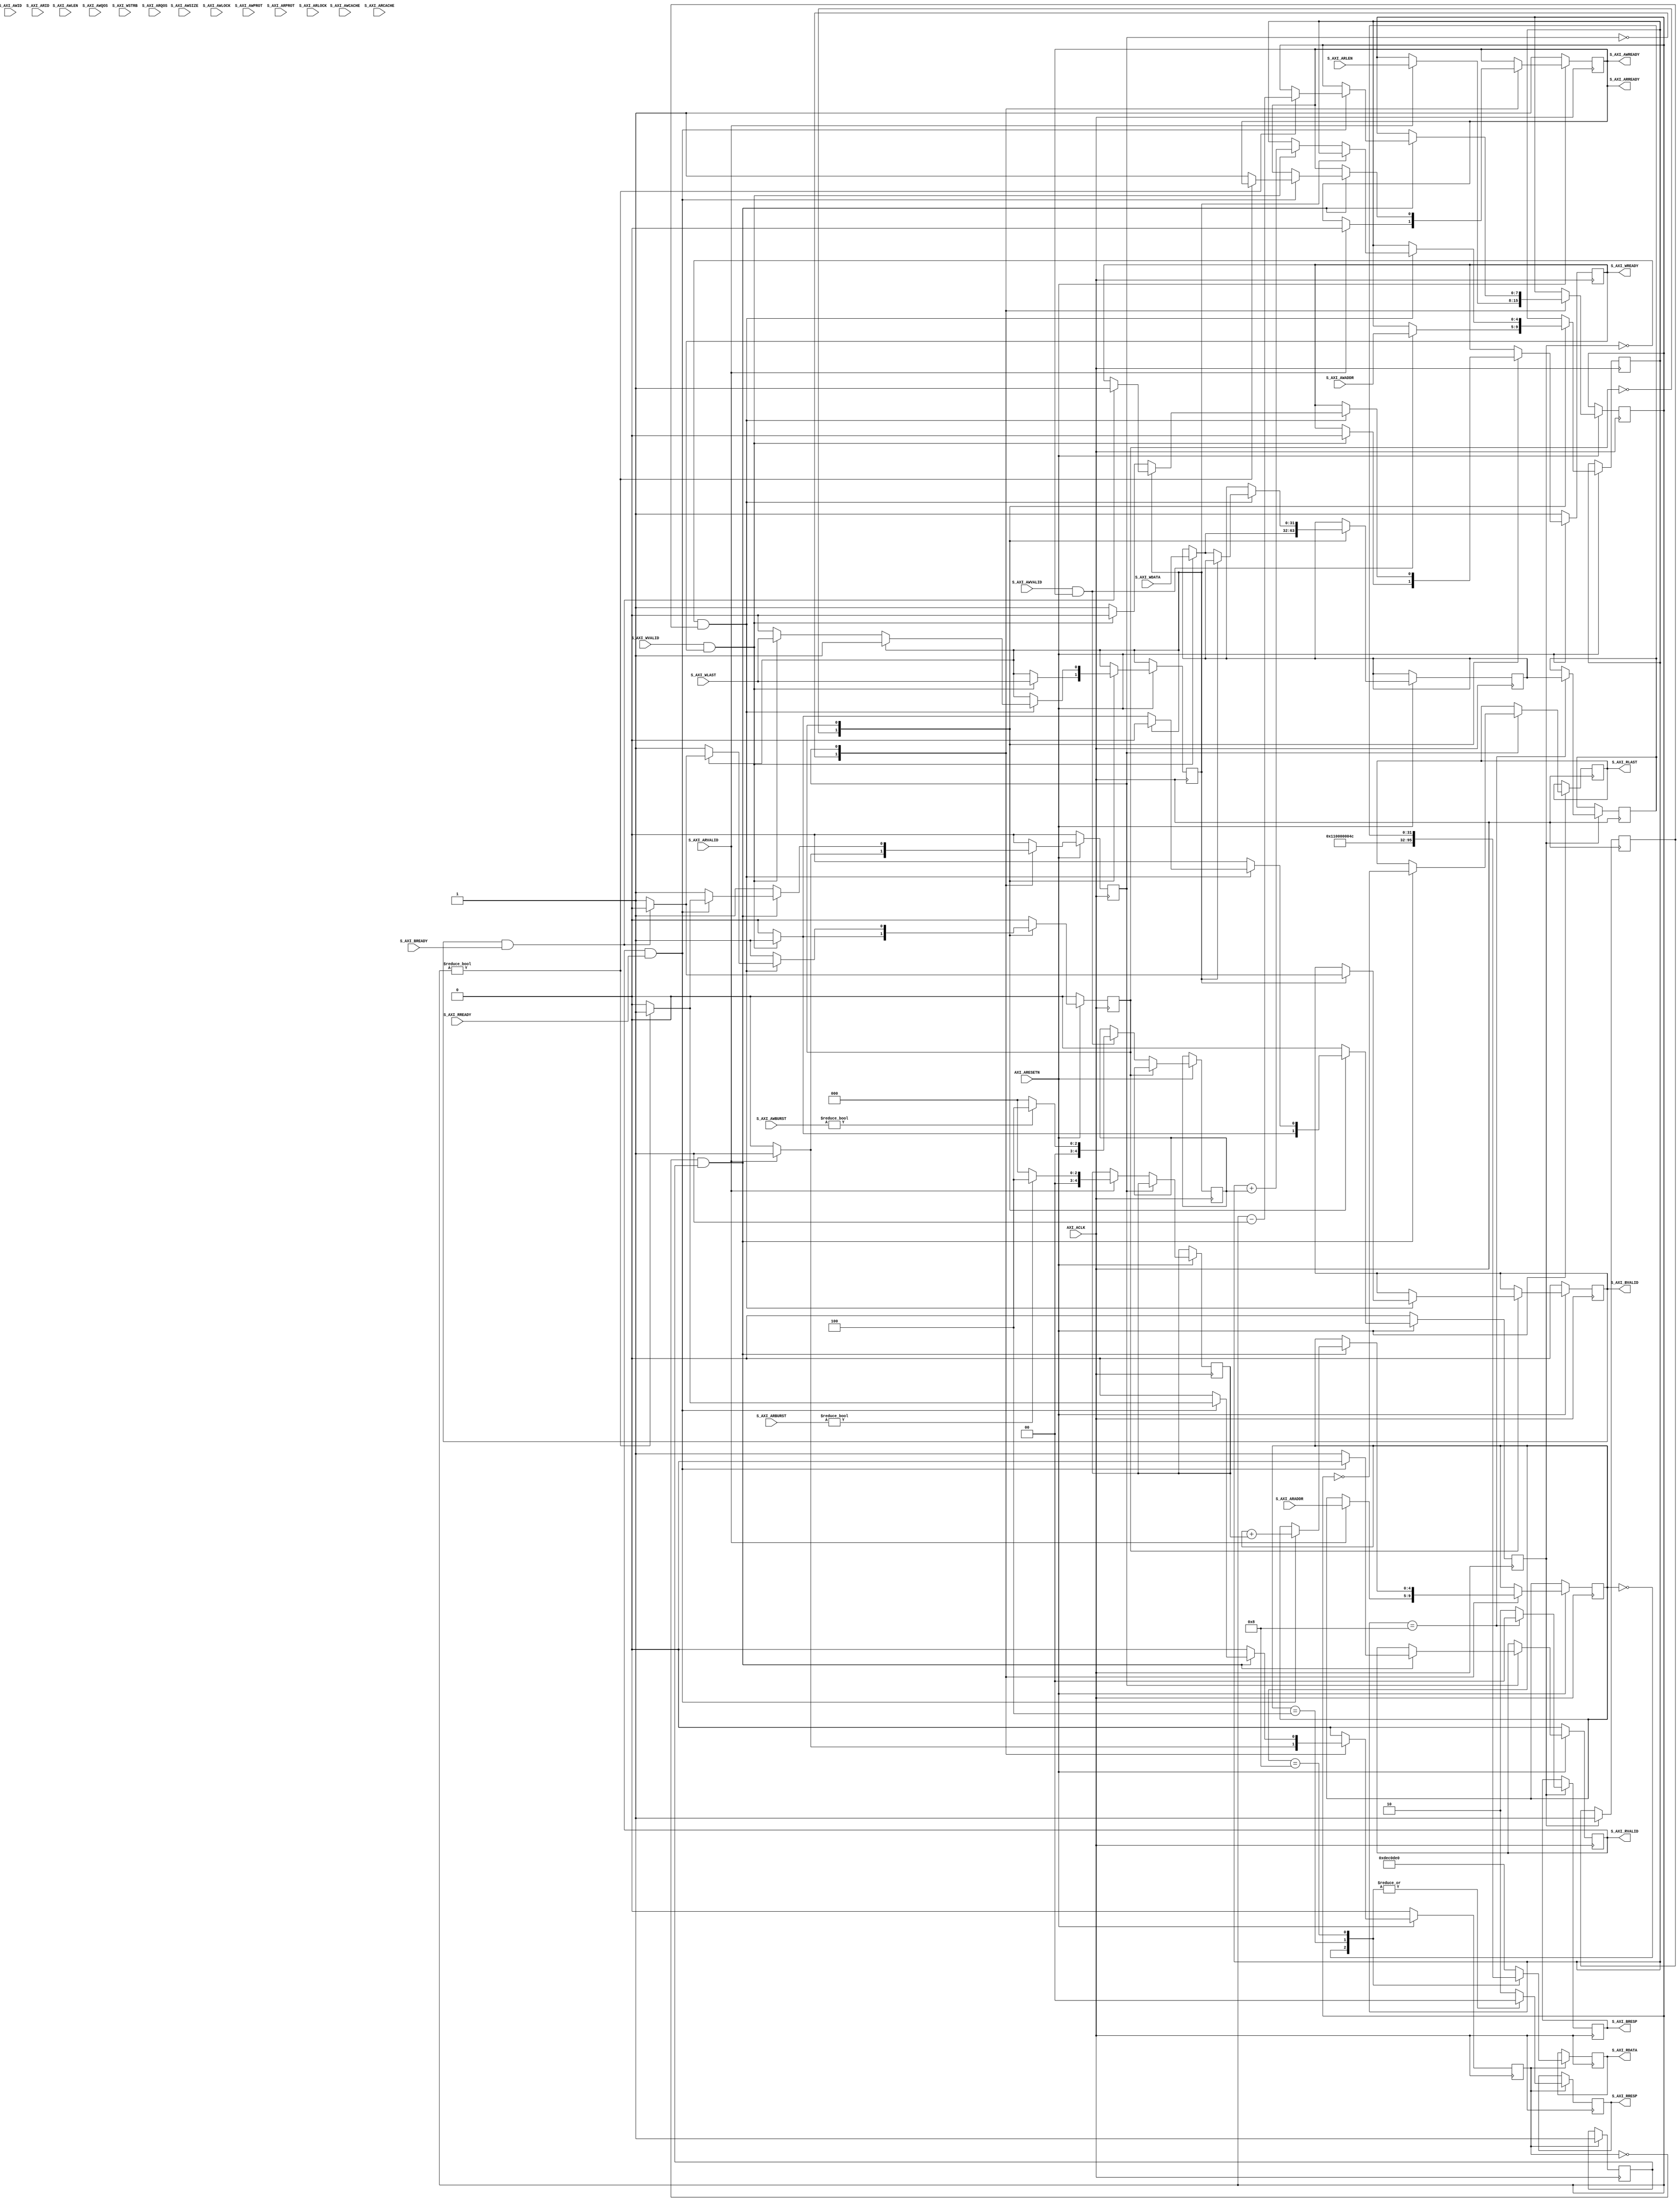
`timescale 1ns / 1ps
//====================================================================================
// This is a full AXI4 slave that supports bursting. 
//
// Unsupported features:
//     Unaligned memory access
//     Bursts of type WRAP
//     "Narrow" bursts. (i.e., AxLEN must match the data bus width)
//
//                        ------->  Revision History  <------
//====================================================================================
//
//   Date     Who   Ver  Changes
//====================================================================================
// 10-May-22  DWW  1000  Initial creation
//====================================================================================


//<><><><><><><><><><><><><><><><><><><><><><><><><><><><><><><><><><><><><><><><><><>
//<><><><><><><><><><><><><><><><><><><><><><><><><><><><><><><><><><><><><><><><><><>
//       Application-specific read/write logic goes at the bottom of the file
//<><><><><><><><><><><><><><><><><><><><><><><><><><><><><><><><><><><><><><><><><><>
//<><><><><><><><><><><><><><><><><><><><><><><><><><><><><><><><><><><><><><><><><><>

module axi4_full_slave#
(
    parameter integer AXI_DATA_WIDTH = 32,
    parameter integer AXI_ADDR_WIDTH = 5
)
(
    //================ From here down is the AXI4-Lite interface ===============
    input wire  AXI_ACLK,
    input wire  AXI_ARESETN,
        
    // "Specify write address"              -- Master --    -- Slave --
    input  wire [AXI_ADDR_WIDTH-1 : 0]      S_AXI_AWADDR,   
    input  wire                             S_AXI_AWVALID,  
    input  wire[3:0]                        S_AXI_AWID,
    input  wire[7:0]                        S_AXI_AWLEN,
    input  wire[2:0]                        S_AXI_AWSIZE,
    input  wire[1:0]                        S_AXI_AWBURST,
    input  wire                             S_AXI_AWLOCK,
    input  wire[3:0]                        S_AXI_AWCACHE,
    input  wire[3:0]                        S_AXI_AWQOS,
    input  wire[2:0]                        S_AXI_AWPROT,

    output wire                                             S_AXI_AWREADY,

    // "Write Data"                         -- Master --    -- Slave --
    input  wire [AXI_DATA_WIDTH-1 : 0]      S_AXI_WDATA,      
    input  wire                             S_AXI_WVALID,
    input  wire [(AXI_DATA_WIDTH/8)-1:0]    S_AXI_WSTRB,
    input  wire                             S_AXI_WLAST,
    output wire                                             S_AXI_WREADY,

    // "Send Write Response"                -- Master --    -- Slave --
    output  wire [1 : 0]                                    S_AXI_BRESP,
    output  wire                                            S_AXI_BVALID,
    input   wire                            S_AXI_BREADY,

    // "Specify read address"               -- Master --    -- Slave --
    input  wire [AXI_ADDR_WIDTH-1 : 0]      S_AXI_ARADDR,     
    input  wire                             S_AXI_ARVALID,
    input  wire [2 : 0]                     S_AXI_ARPROT,     
    input  wire                             S_AXI_ARLOCK,
    input  wire[3:0]                        S_AXI_ARID,
    input  wire[7:0]                        S_AXI_ARLEN,
    input  wire[1:0]                        S_AXI_ARBURST,
    input  wire[3:0]                        S_AXI_ARCACHE,
    input  wire[3:0]                        S_AXI_ARQOS,
    output wire                                             S_AXI_ARREADY,

    // "Read data back to master"           -- Master --    -- Slave --
    output  wire [AXI_DATA_WIDTH-1 : 0]                     S_AXI_RDATA,
    output  wire                                            S_AXI_RVALID,
    output  wire [1 : 0]                                    S_AXI_RRESP,
    output  wire                                            S_AXI_RLAST,
    input   wire                            S_AXI_RREADY
    //==========================================================================
 );

    localparam AXI_DATA_BYTES = AXI_DATA_WIDTH / 8;

    // These are valid values for BRESP and RRESP
    localparam OKAY   = 0;
    localparam SLVERR = 2;

    // These are for communicating with application-specific read and write logic
    reg app_read,  app_read_idle;
    reg app_write, app_write_idle;
    wire app_write_complete = (app_write == 0) & app_write_idle;
    wire app_read_complete  = (app_read  == 0) & app_read_idle;

    // Define the handshakes for all 5 AXI channels
    wire B_HANDSHAKE  = S_AXI_BVALID  & S_AXI_BREADY;
    wire R_HANDSHAKE  = S_AXI_RVALID  & S_AXI_RREADY;
    wire W_HANDSHAKE  = S_AXI_WVALID  & S_AXI_WREADY;
    wire AR_HANDSHAKE = S_AXI_ARVALID & S_AXI_ARREADY;
    wire AW_HANDSHAKE = S_AXI_AWVALID & S_AXI_AWREADY;
        
    //=========================================================================================================
    // FSM logic for handling AXI read transactions
    //=========================================================================================================
    // When a valid address is presented on the bus, this register holds it
    reg[AXI_ADDR_WIDTH-1:0] axi_araddr;

    // Wire up the AXI interface outputs
    reg                     axi_arready; assign S_AXI_ARREADY = axi_arready;
    reg                     axi_rvalid;  assign S_AXI_RVALID  = axi_rvalid;
    reg                     axi_rlast;   assign S_AXI_RLAST   = axi_rlast;   
    reg[1:0]                axi_rresp;   assign S_AXI_RRESP   = axi_rresp;
    reg[AXI_DATA_WIDTH-1:0] axi_rdata;   assign S_AXI_RDATA   = axi_rdata;
    //=========================================================================================================
    reg                     read_state;
    reg[7:0]                rburst_count;
    reg[AXI_ADDR_WIDTH-1:0] rburst_incr;

    always @(posedge AXI_ACLK) begin
        app_read <= 0;
        
        if (AXI_ARESETN == 0) begin
            read_state  <= 0;
            axi_arready <= 1;
            axi_rvalid  <= 0;
        end else case(read_state)

        0:  if (S_AXI_ARVALID) begin                        // Wait for AXI master to start a new transaction
                axi_arready  <= 0;                          //   We are no longer ready for a new transaction
                axi_araddr   <= S_AXI_ARADDR;               //   Register the address to read from
                rburst_count <= S_AXI_ARLEN;                //   Register the number of "extra" beats to read
                rburst_incr  <= (S_AXI_ARBURST) ? AXI_DATA_BYTES : 0; // How big is the address increment on each beat?
                app_read     <= 1;                          //   Start the application-specific read-logic
                read_state   <= 1;                          //   And go wait for that read-logic to complete
            end

        1:  if (app_read_complete) begin                    // When the application-specific read-logic is complete... 
                axi_rvalid <= 1;                            //   Tell the AXI Master that valid read-data is on the bus
                axi_rlast  <= (rburst_count == 0);          //   Note whether this is the last beat of the burst
                if (R_HANDSHAKE) begin                      //   If the AXI Master has said "Read transaction complete"...
                    axi_rvalid <= 0;                        //     RDATA is no longer valid
                    axi_araddr <= axi_araddr + rburst_incr; //     FIgure out what the new address to read from is
                    if (rburst_count) begin                 //     If we still have beats remaining in this burst...
                        rburst_count <= rburst_count - 1;   //       We now have one fewer beats left in the burst
                        app_read     <= 1;                  //       And go read from the addr specified in axi_araddr
                    end else begin                          //     Otherwise, this was the last beat in the burst
                        axi_arready <= 1;                   //       We are now ready to receive another read transaction
                        read_state  <= 0;                   //       Go wait for another read transaction to start
                    end 
                end
            end

        endcase
    end
    //=========================================================================================================


    //=========================================================================================================
    // FSM logic for handling AXI write transactions
    //=========================================================================================================
    // When a valid address is presented on the bus, this register holds it
    reg[AXI_ADDR_WIDTH-1:0] axi_awaddr;

    // When valid write-data is presented on the bus, these registers hold it
    reg[AXI_DATA_WIDTH-1:0] axi_wdata;
    reg                     axi_wlast;
    
    // Wire up the AXI interface outputs
    reg      axi_awready; assign S_AXI_AWREADY = axi_arready;
    reg      axi_wready;  assign S_AXI_WREADY  = axi_wready;
    reg      axi_bvalid;  assign S_AXI_BVALID  = axi_bvalid;
    reg[1:0] axi_bresp;   assign S_AXI_BRESP   = axi_bresp;
    //=========================================================================================================
    reg                     write_state;
    reg[AXI_ADDR_WIDTH-1:0] wburst_incr;

    always @(posedge AXI_ACLK) begin
        app_write <= 0;
        if (AXI_ARESETN == 0) begin
            write_state <= 0;
            axi_awready <= 1;
            axi_wready  <= 1;
            axi_bvalid  <= 0;
        end else case(write_state)

        0:  begin
                if (AW_HANDSHAKE) begin                 // If we are being handed an address to write to...              
                    axi_awready  <= 0;                  //   We are no longer ready to accept a new address
                    axi_awaddr   <= S_AXI_AWADDR;       //   Register the address we should write to
                    wburst_incr  <= (S_AXI_AWBURST) ? AXI_DATA_BYTES : 0;  // Determine whether the address increments
                end

                if (W_HANDSHAKE) begin                  // If this is the write-data handshake...
                    axi_wready  <= 0;                   //   We are no longer ready to accept new data
                    axi_wdata   <= S_AXI_WDATA;         //   Register the data we're supposed to write
                    axi_wlast   <= S_AXI_WLAST;
                    app_write   <= 1;                   //   Start the application-specific write logic
                    write_state <= 1;                   //   And go wait for that write-logic to complete
                end
            end

        1:  if (app_write_complete) begin               // Wait for the application-specific write-logic to finish
                if (axi_wlast == 0) begin               //   If this was not the last beat of the burst...
                    axi_wready <= 1;                    //     We're ready to accept new write-data from master
                    if (W_HANDSHAKE) begin              //     If AXI master has provided new write-data...
                        axi_wready <= 0;                //       No longer willing to accept new write-data
                        axi_wdata  <= S_AXI_WDATA;      //       Register the data that the AXI master gave us
                        axi_wlast  <= S_AXI_WLAST;      //       Find out if this is the last beat of the burst
                        axi_awaddr <= axi_awaddr + wburst_incr;   // Keep track of the next address we'll write to
                        app_write  <= 1;                //       And start the application specific write-logic
                    end           
                end else begin                          //   Otherwise, this *is* the last beat of the burst
                    axi_bvalid <= 1;                    //     Tell the master that BRESP is valid
                    if (B_HANDSHAKE) begin              //     When the master acknowledges that is aw BRESP...
                        axi_bvalid  <= 0;               //       BRESP is no longer valid
                        axi_wready  <= 1;               //       We're ready to accept new data
                        axi_awready <= 1;               //       We're ready to accept a new address
                        write_state <= 0;               //       Go wait for a new transaction to start
                    end                       
                end
            end

        endcase
    end
    //=========================================================================================================



    //<><><><><><><><><><><><><><><><><><><><><><><><><><><><><><><><><><><><><><><><><><><><><><><><><><><><><
    //                  Application-specific read/write logic goes below this point
    //
    //                       An example of application-specific logic is below
    //<><><><><><><><><><><><><><><><><><><><><><><><><><><><><><><><><><><><><><><><><><><><><><><><><><><><><

    //=========================================================================================================
    // Your application specific state machine for handling AXI "read" transactions goes here
    //=========================================================================================================
    // The rules:
    //
    // --- Inputs ---
    // Your state machine starts when "app_read" is true.
    // axi_araddr holds the address to read from
    // 
    // --- Outputs ---
    // Your state machine is assumed to be idle/done whenever "app_read_idle" is high
    // axi_rdata = The data to send back to the AXI master
    // axi_rresp = The error response to send back to the AXI master, either OKAY or SLVERR (slave error)
    //
    // Don't forget that by convention, AXI4-lite addresses begin on 4-byte boundaries
    //=========================================================================================================

    // ~~~~~~~~~~~~~~~~~~~~~~~~~~~~~~~~~~~~~~~~~~~~~~~~~~~~~~~~~~~~~~~~~~~~~~~~~~~~~~~~~~~~~~~~~~~~~~~~~~~~~~~~
    // ~~~~~~~~~~~~~~~~~~~   This is an example of a state machine for handling AXI reads ~~~~~~~~~~~~~~~~~~~~~
    // ~~~~~~~~~~~~~~~~~~~~~~~~~~~~~~~~~~~~~~~~~~~~~~~~~~~~~~~~~~~~~~~~~~~~~~~~~~~~~~~~~~~~~~~~~~~~~~~~~~~~~~~~
    reg[31:0] example_data;

    always @(posedge AXI_ACLK) if (app_read) begin
        axi_rresp     <= OKAY;                  // By default, our response will be OKAY
        app_read_idle <= 1;                     // Tell the other task that we're (permanently) done
        case (axi_araddr)                       // Examine the address the user is reading
            0:  axi_rdata <= 17;                //     If they're reading address 0, respond with 17
            4:  axi_rdata <= 76;                //     If they're reading address 4, respond with 76
            8:  axi_rdata <= example_data;      //     If they're reading address 8, repond with the data
            default:                            //     In all other cases, respond with a slave error
                begin
                  axi_rdata <= 32'h0DEC0DE0;
                  axi_rresp <= SLVERR;
                end
        endcase   
    end
    // ~~~~~~~~~~~~~~~~~~~~~~~~~~~~~~~~~~~~~~~~~~~~~~~~~~~~~~~~~~~~~~~~~~~~~~~~~~~~~~~~~~~~~~~~~~~~~~~~~~~~~~~~


    //=========================================================================================================
    // Your application specific state machine for handling AXI "write transactions goes here
    //=========================================================================================================
    // The rules:
    //
    // --- Inputs ---
    // Your state machine starts when "app_write" is true
    // axi_awaddr = The address to write to
    // axi_wdata  = The data to write
    //
    // --- Outputs ---
    // Your state machine is assumed to be idle/done whenever "app_write_idle" is high
    // axi_bresp = The error response to send back to the AXI master, either OKAY or SLVERR (slave error)
    //
    // Don't forget that by convention, AXI4-lite addresses begin on 4-byte boundaries
    //=========================================================================================================

    // ~~~~~~~~~~~~~~~~~~~~~~~~~~~~~~~~~~~~~~~~~~~~~~~~~~~~~~~~~~~~~~~~~~~~~~~~~~~~~~~~~~~~~~~~~~~~~~~~~~~~~~~~
    // ~~~~~~~~~~~~~~~~~   This is an example of a state machine for handling AXI writes  ~~~~~~~~~~~~~~~~~~~~~
    // ~~~~~~~~~~~~~~~~~~~~~~~~~~~~~~~~~~~~~~~~~~~~~~~~~~~~~~~~~~~~~~~~~~~~~~~~~~~~~~~~~~~~~~~~~~~~~~~~~~~~~~~~
    always @(posedge AXI_ACLK) if (app_write) begin
        app_write_idle  <= 1;              // Tell the infrastructure that we're done
        axi_bresp        <= OKAY;           // By default, our response will be OKAY
        case (axi_awaddr)                   // Examine the address the user is writing to
            8:  example_data <= axi_wdata;  //     If they're writing to address 8, store their data
            default:                        //     In all other cases, respond with a slave error
                axi_bresp    <= SLVERR;
        endcase
    end
    // ~~~~~~~~~~~~~~~~~~~~~~~~~~~~~~~~~~~~~~~~~~~~~~~~~~~~~~~~~~~~~~~~~~~~~~~~~~~~~~~~~~~~~~~~~~~~~~~~~~~~~~~~

endmodule